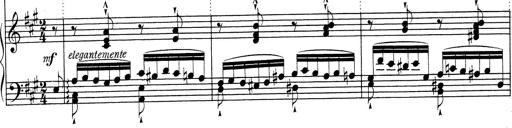
Title: RÃ©miniscences de Don Juan
Composer: Franz Liszt